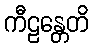
ကီဠန္တေတိ